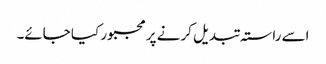
اسے راستہ تبدیل کرنے پر مجبور کیا جائے۔